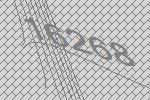
16268